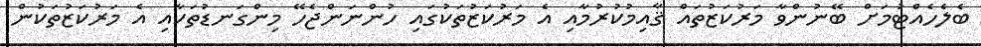
ބެލެހެއްޓުމަށް ބޭނުންވާ މަރުކަޒުތައް ޤާއިމުކުރުމާއި އެ މަރުކަޒުތަކުގައި ހުންނަންޖެހޭ މިންގަނޑުތަކާއި އެ މަރުކަޒުތަކުން